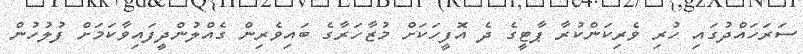
ސަރަހައްދުގައި ހުރި ވެރިކަންކުރާ ޕާޓީގެ ދެ އޮފީހަކަށް މުޒާހަރާގެ ބައިވެރިން ގެއްލުންދީފައިވާކަމަށް ފުލުހުން